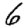
Digit: 6